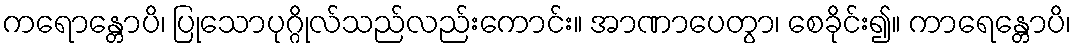
ကရောန္တောပိ၊ ပြုသောပုဂ္ဂိုလ်သည်လည်းကောင်း။ အာဏာပေတွာ၊ စေခိုင်း၍။ ကာရေန္တောပိ၊